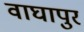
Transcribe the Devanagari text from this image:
वाघापुर